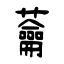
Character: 蘥